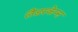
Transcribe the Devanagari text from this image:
लैंडस्केप्स